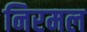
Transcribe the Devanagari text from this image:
निरमल